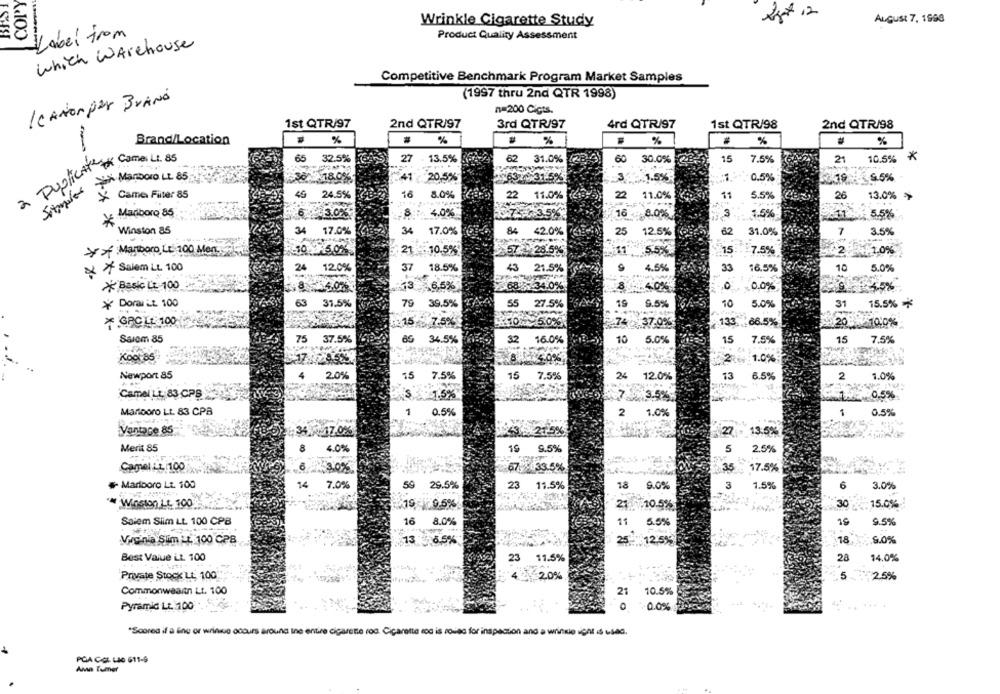
COPY
Agat 12
August 7, 1998
Wrinkle Cigarette Study
Label from
Product Quality Assessment
which Warehouse
Competitive Benchmark Program Market Samples
(1997 thru 2nd QTR 1998)
ICANON per BrANO
n=200 Cicts.
1st QTR/97
2nd QTR/97
3rd QTR/97
4rd QTR/97
1st QTR/98
2nd QTR/98
%
%
Brand/Location
%
%
%
%
65
32.5%
27
13.5%
62 31.0%
60
30.0%
15
7.5%
21
10.5% *
a Duplicatetx Come L1. 85
Manboro LL 85
41 20.5%
$632-31.5
301.5%
0,5%
Y Came Filter 85
24.5%
16
8.0%
22
11.0%
2
11.0%
5.5%
26
13.0% >
* Marboro 85
6 3.0%.
4.0%
67-735%
16 - 8.006
3
1.5%
5.5%
Winston 85
34
17.0%
34
17.0%
84 42.0%
25
12.5%
62
31.0%
7
3.5%
of :Mariboro,Lt. 100 Men
21 .10.5%
5.5%
15
7.5%
30.045.0%
.57 28.5%
2 1.0%
× 7 Salem LL 100
24
12.0%
37 18.5%
43
21.5%
4.5%
33
16.5%
10
5.0%
* Basic LE 100
13 6.5%
>6834.0%
0.0%
* Doni EL 100
63
37.5%
79
39.5%
55 27.5%
19
9.5%
10
5.0%
31
15.5% *
* GACLE 100
1115 6 7.50%
274 > 37.00%
133
.66.5%
9203:5100%
Saiom 85
75
37.5%
34.5%
32
16.0%
10 5.0%
15
7.5%
15
7.5%
Kool 85
'17
8874.0%?
:276:1.0%
Newport 85
4
2.0%
15 7.5%
15
7.5%
24
13
6.5%
2
1.0%
12.0%
Camel LL. 83 CPS
1.5%
7
3.5%
0.5%
Marlboro Lt. 83 CPB
1
0.5%
2
1.0%
1
0.5%
Vantace 85
36 AM17.0%
5/215%
27
13:5%
Merit 85
8
4.0%
16
9.5%
5
2.5%
Camel it 100
67 133.5%
35
17.5%
# Marlboro Lt. 100
14
7.0%
56
29.5%
23
11.5%
18
6.0%
3
1.5%
6
3.0%
Winston 11, 100
₹19 1 9.6%
21:010.5%
30
15.0%
16
8.0%
19
9.5%
Saiem Siim LL. 100 CPB
11
5.5%
Vucinia Sim LE 100 CPB
13 56.5%
25. 12.5%
18
.5.0%
Best Value LL 100
23 11.5%
28
14.0%
Private Stock LE 100
42 20%
2.5%
5-
Commonwearn Lt. 100
21
10.5%
Pyramid Lt. 100
0 0.0%
*Scored if a fine or wringce occurs around Ine entire cigarette roo. Ciçarette roc is colas for inspection and a wrinkle ignt is used.
PCA CEL LIG 611-9
Ama Tumer